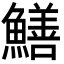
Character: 鱔